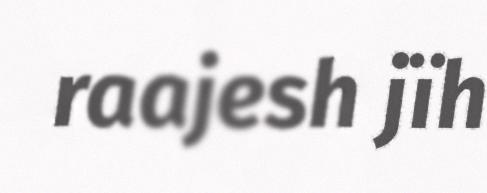
raajesh jïh